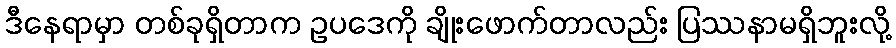
ဒီနေရာမှာ တစ်ခုရှိတာက ဥပဒေကို ချိုးဖောက်တာလည်း ပြဿနာမရှိဘူးလို့